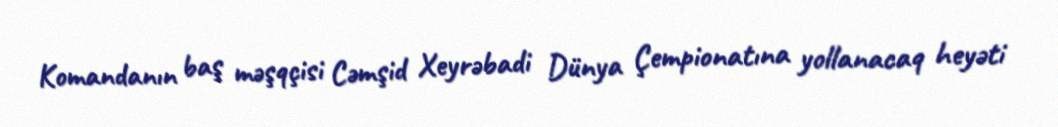
Komandanın baş məşqçisi Cəmşid Xeyrəbadi Dünya Çempionatına yollanacaq heyəti